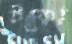
টকো